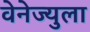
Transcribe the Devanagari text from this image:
वेनेज्युला